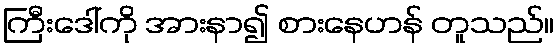
ကြီးဒေါ်ကို အားနာ၍ စားနေဟန် တူသည်။